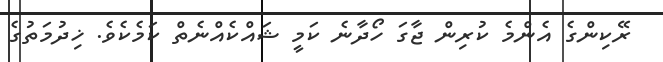
ރޭކިންގެ އެންމެ ކުރިން ޖާގަ ހޯދާނެ ކަމީ ޝައްކެއްނެތް ކަމެކެވެ. ޚިދުމަތުގެ